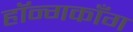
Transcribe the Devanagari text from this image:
हॉन्गकाँग